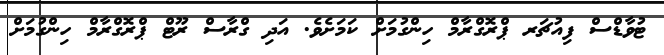
ޓުވާޑްސް ފިއުޗަރ ޕްރޮގްރާމް ހިންގުމަށް ކަމަށެވެ. އަދި ގްރާސް ރޫޓް ޕްރޮގްރާމް ހިންގުމަށް